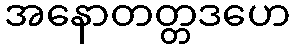
အနောတတ္တဒဟေ